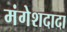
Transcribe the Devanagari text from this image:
मंगेशदादा